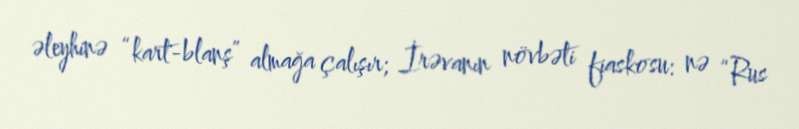
əleyhinə “kart-blanş” almağa çalışır; İrəvanın növbəti fiaskosu: nə “Rus